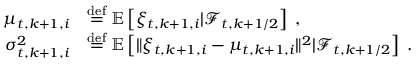
\begin{array} { r l } { \mu _ { t , k + 1 , i } } & { \ensuremath { \stackrel { \mathrm { d e f } } { = } } \mathbb { E } \left[ \xi _ { t , k + 1 , i } \vert \mathcal { F } _ { t , k + 1 / 2 } \right] \; , } \\ { \sigma _ { t , k + 1 , i } ^ { 2 } } & { \ensuremath { \stackrel { \mathrm { d e f } } { = } } \mathbb { E } \left[ \| \xi _ { t , k + 1 , i } - \mu _ { t , k + 1 , i } \| ^ { 2 } \vert \mathcal { F } _ { t , k + 1 / 2 } \right] \; . } \end{array}